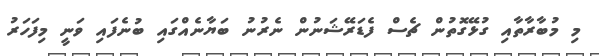
މި މުބާރާތާއި ގުޅޭގޮތުން ޗެސް ފެޑަރޭޝަނުން ނެރުނު ބަޔާނެއްގައި ބުނެފައި ވަނީ މިފަހަރު